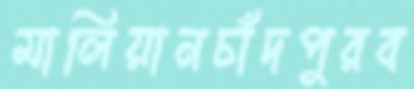
মালিয়ানচাঁদপুরব